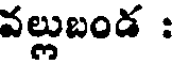
వల్లుబండ :